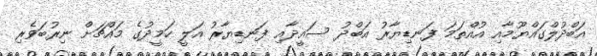
އަބްދުލްގައްޔޫމާއި އުއްތަމަ ފަނޑިޔާރު އަބްދު ސައީދާއި ފަނޑިޔާރު އަލީ ހަމީދުގެ މައްޗަށް ނިރުބަވެރި